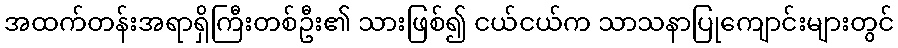
အထက်တန်းအရာရှိကြီးတစ်ဦး၏ သားဖြစ်၍ ငယ်ငယ်က သာသနာပြုကျောင်းများတွင်